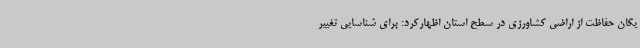
یگان حفاظت از اراضی کشاورزی در سطح استان اظهارکرد: برای شناسایی تغییر